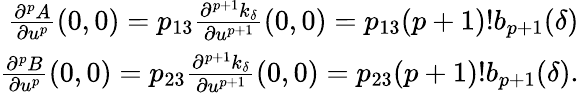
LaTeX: \begin{array}{r}{\frac{\partial^{p}A}{\partial u^{p}}(0,0)=p_{13}\frac{\partial^{p+1}k_{\delta}}{\partial u^{p+1}}(0,0)=p_{13}(p+1)!b_{p+1}(\delta)}\\ {\frac{\partial^{p}B}{\partial u^{p}}(0,0)=p_{23}\frac{\partial^{p+1}k_{\delta}}{\partial u^{p+1}}(0,0)=p_{23}(p+1)!b_{p+1}(\delta).}\end{array}